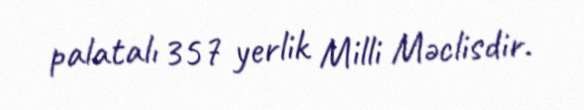
palatalı 357 yerlik Milli Məclisdir.